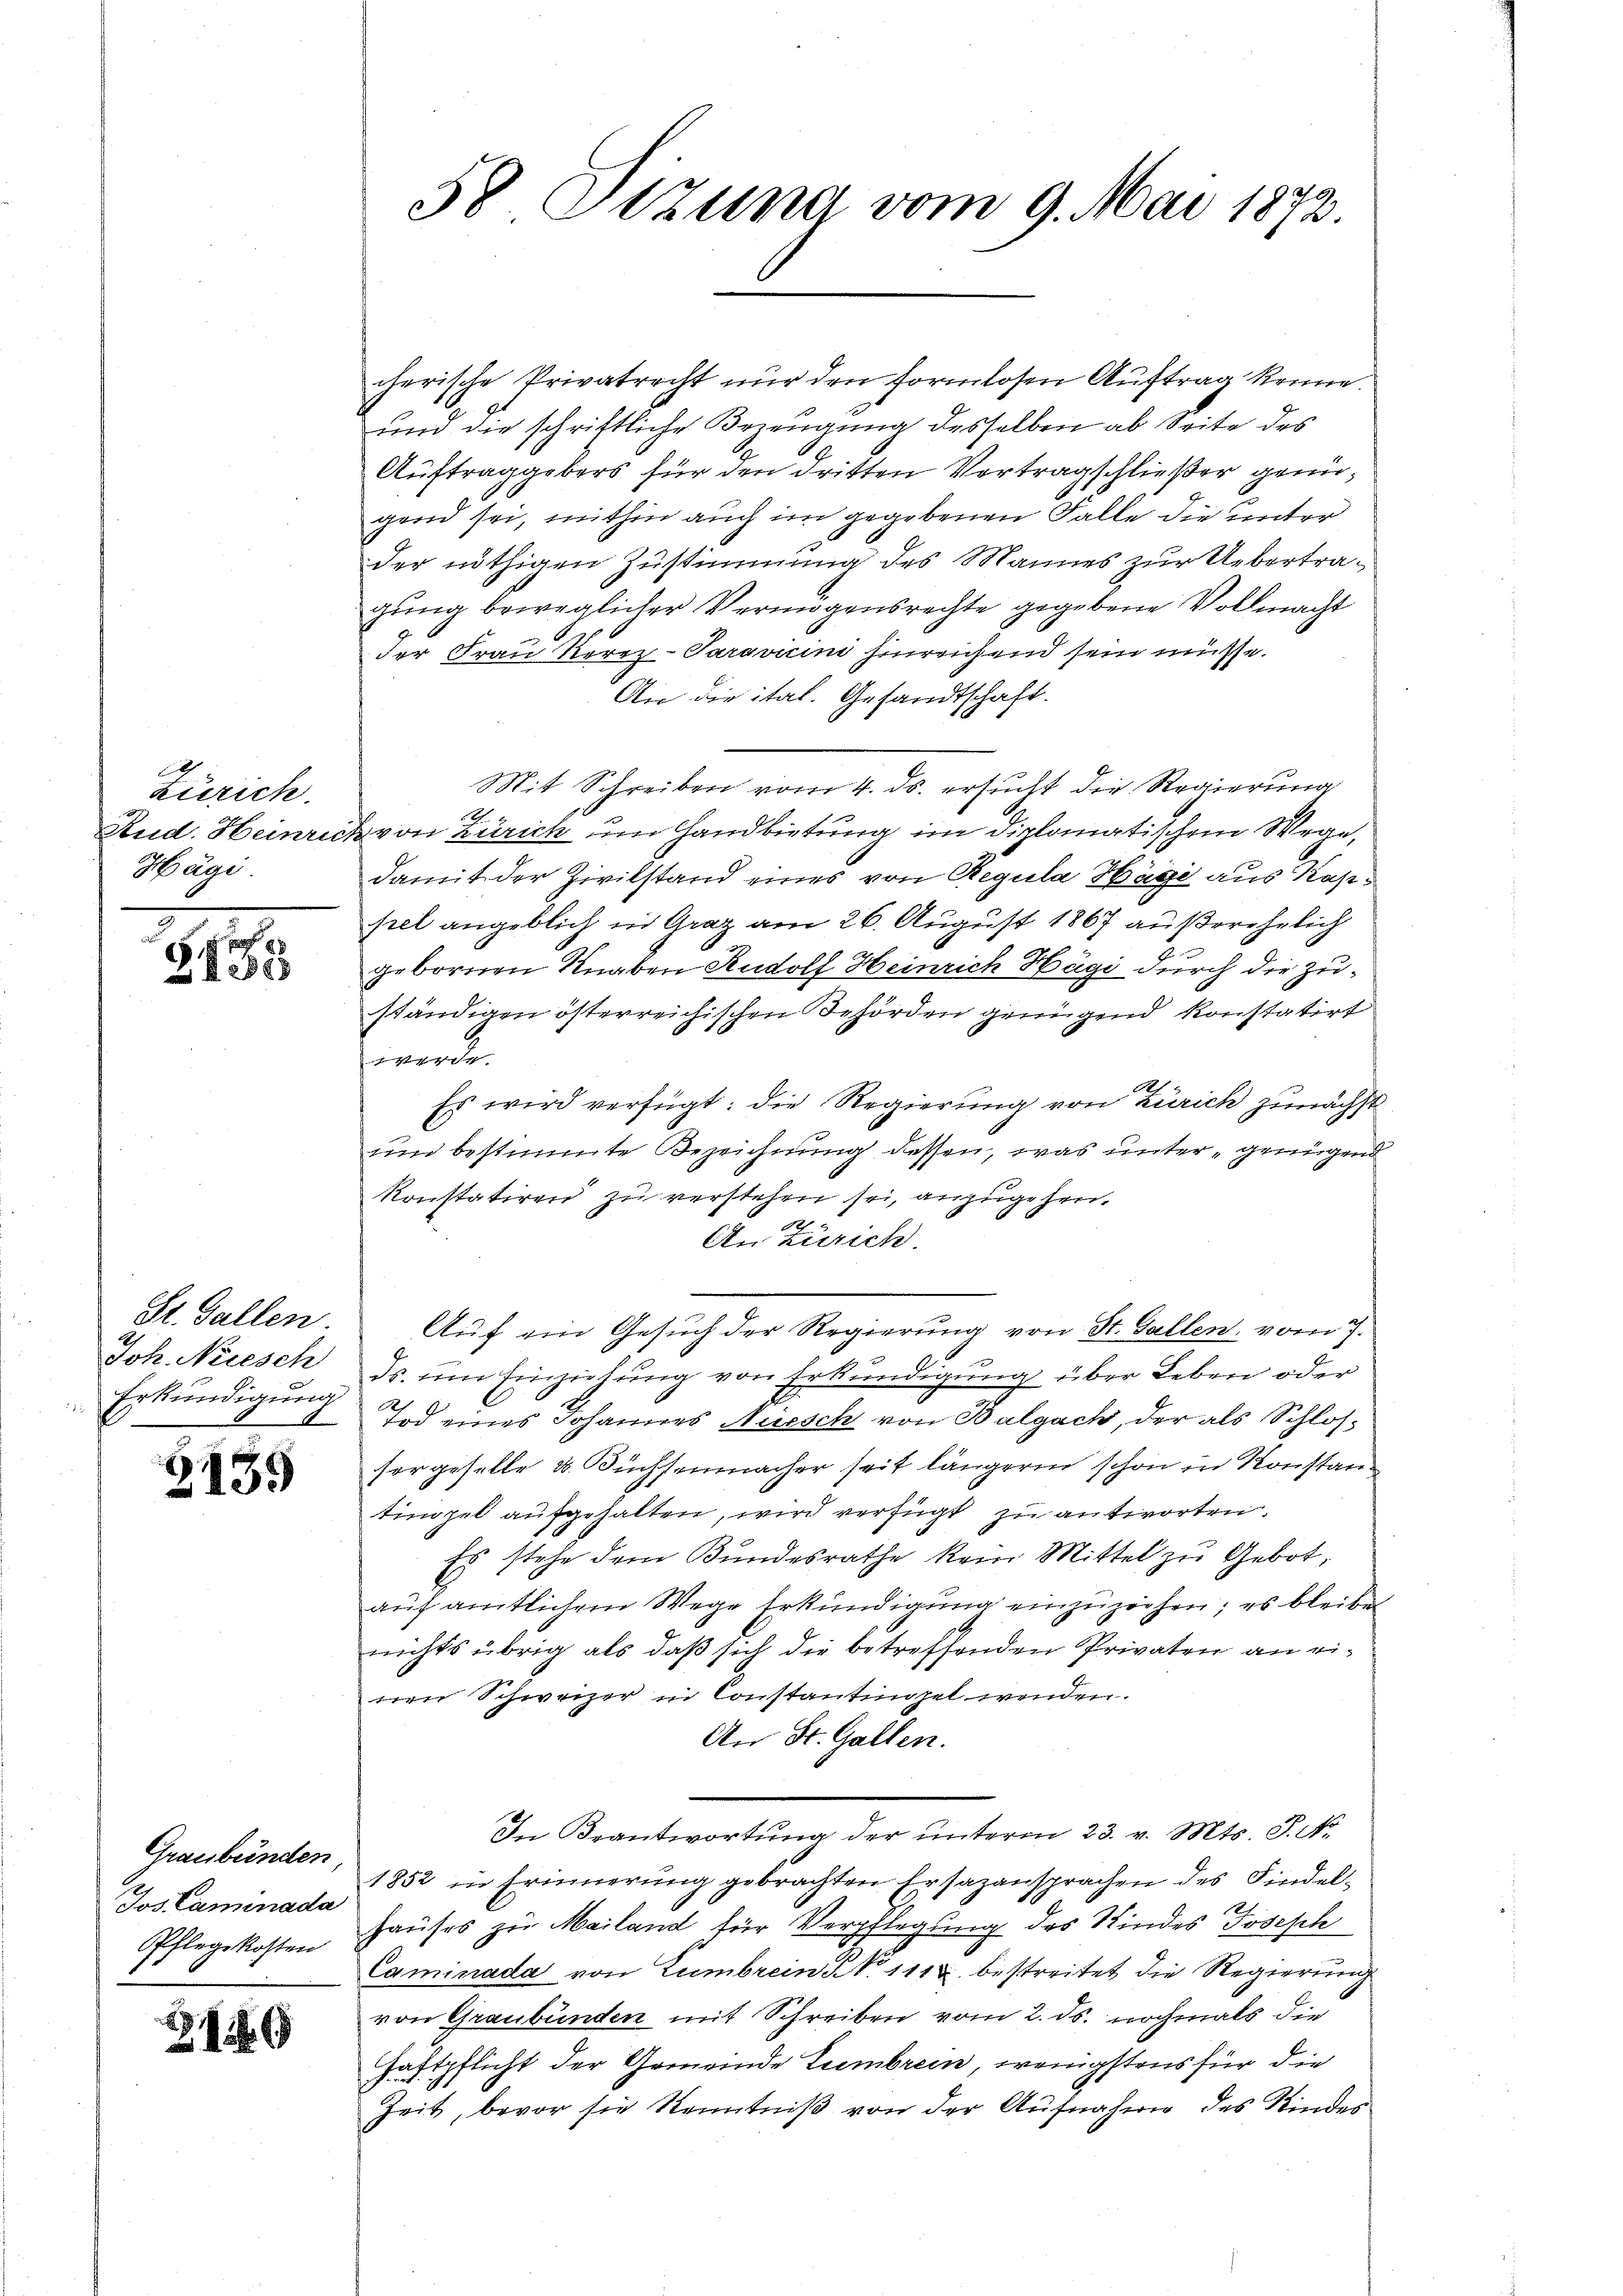
Zürich.
Rud. Heinric
Hägi

28xx

St. Gallen
Joh. Neesch
Erkundigung

3139

Graubünden
Jos. Caminada
Pflegekosten

216

58 Stzung vom 9. Mai 1873

cherische Privatrecht nur den formlosen Auftrag kenne.
und die schriftliche Bezeugung desselben ab Seite des
Auftraggebers für den dritten Vortragschließer genügend sei, mithin auch im gegebenen Falle die unter
der nöthigen Zustimmung des Mannes zur Uebertragung beweglicher Vermögensrechte gegebene Vollmacht
der Frau Rerez-Paravicini hinreichend sein müsse.
An die ital. Gesandtschaft.
Mit Schreiben vom 4. ds. ersucht die Regierung
.
 von Zürich im Handbietung im diplomatischem Wege,
damit der Zivilstand eines von Regula Häge aus Kaspel angeblich in Graz am 26. August 1867 außerehelich
gebornen Knaben Rudolf Heinrich Hägi durch die Zuständigen österreichischen Behörden genügend konstatirt
sorent
.
Es wird verfügt: die Regierung von Zürich zunächst
un bestimmte Bezeichnung dessen, was unter genügend
konstatiren zu verstehen sei, anzugehen.
82
An Zürich
Auf ein Gesuch der Regierung von St. Gallen, vom 7.
ds. am Einziehung von Erkundigung über Leben oder
.
Tod eines Johannes Aussch von Balgach, der als Schlossorgeselle u. Büchsenmacher seit längeren schon in Konstanz
tinopel aufgehalten, wird verfügt zu antworten.
Es stehe dem Bundesrathe kein Mittel zu Gebot,
aŭf amtlichem Wege Erkŭndigŭng einzŭziehen; es bleibe
nichts übrig als daß sich die betreffenden Privaten an eiren Schweizer in Constantinget wenden.
An St. Gallen.
In Beantwortung der ŭnterm 23. v. Mts. S. Nr.
1852 in Erinnerung gebrachten Ersatzansprachen des Findel¬
Hauses zu Mailand für Verpflegung des Kindes Joseph
Caminada von Zumbrein No. 111 u. bestreitet die Regierung
von Graubünden mit Schreiben vom 2. ds. nochmals die
haftpflicht der Gemeinde Liembreen, wenigstens für die
Zeit, bevor sie Kenntniß von der Aufnahme des Kindes